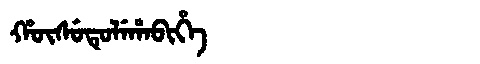
Manchu: ᡥᡡᠰᡠᡨᡠᠯᡝᡥᠠᠪᡳᡥᡝ
Romanization: HŪSUTULEHABIHE